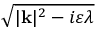
\sqrt { | \mathbf { k } | ^ { 2 } - i \varepsilon \lambda }